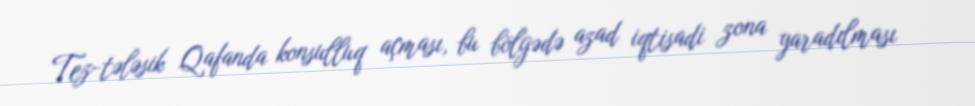
Tez-tələsik Qafanda konsulluq açması, bu bölgədə azad iqtisadi zona yaradılması